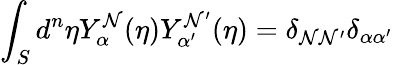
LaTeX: \int_{S}d^{n}{\eta}Y_{\alpha}^{\mathcal{N}}(\eta)Y_{\alpha^{\prime}}^{\mathcal{N}^{\prime}}(\eta)=\delta_{\mathcal{N}\mathcal{N}^{\prime}}\delta_{\alpha\alpha^{\prime}}